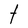
Character: t